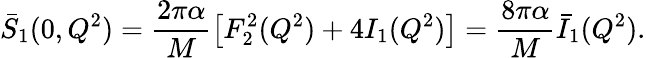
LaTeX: \bar{S}_{1}(0,Q^{2})=\frac{2\pi\alpha}{M}\left[F_{2}^{2}(Q^{2})+4I_{1}(Q^{2})\right]=\frac{8\pi\alpha}{M}\bar{I}_{1}(Q^{2}).